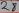
Text: 27